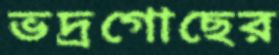
ভদ্রগোছের